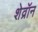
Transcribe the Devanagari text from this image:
शेव्रॉन